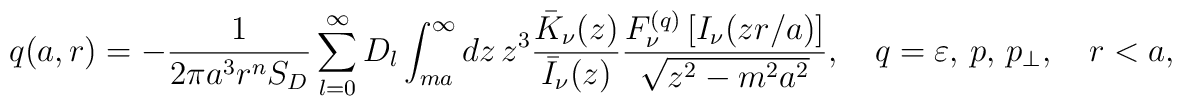
q(a,r)=-\frac{1}{2\pi a^{3}r^{n}S_{D}}\sum_{l=0}^{\infty}D_{l}\int_{ma }^{\infty }dz\,z^{3}\frac{\bar{K}_{\nu}(z)}{\bar{I}_{\nu }(z)}\frac{F_{\nu }^{(q)}\left[ I_{\nu}(zr/a)\right] }{\sqrt{z^{2}-m^{2}a^2}},\quad q=\varepsilon,\,p,\,p_{\perp },\quad r<a,